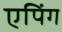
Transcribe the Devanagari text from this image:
एपिंग